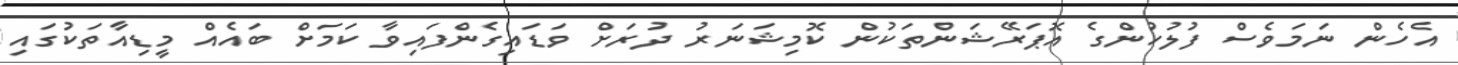
އެހެން ނަމަވެސް ފުލުހުންގެ އޮޕަރޭޝަންތަކުން ކޮމިޝަނަރު ދުރަށް ވަޑައިގެންފައިވާ ކަމަށް ބައެއް މީޑިއާތަކުގައި